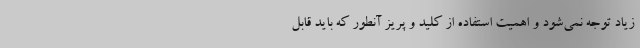
زیاد توجه نمی‌شود و اهمیت استفاده از کلید و پریز آنطور که باید قابل